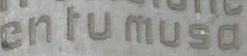
cnrumuso